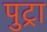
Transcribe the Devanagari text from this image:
पुट्रा